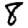
Digit: 8